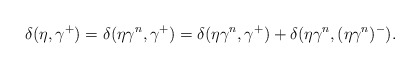
\begin{align*}\delta(\eta,\gamma^+)=\delta(\eta \gamma^n, \gamma^+)=\delta(\eta \gamma^n, \gamma^+)+\delta(\eta \gamma^n, (\eta\gamma^n)^-).\end{align*}